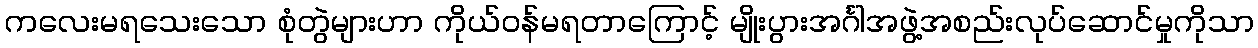
ကလေးမရသေးသော စုံတွဲများဟာ ကိုယ်ဝန်မရတာကြောင့် မျိုးပွားအင်္ဂါအဖွဲ့အစည်းလုပ်ဆောင်မှုကိုသာ